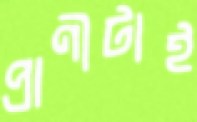
প্রাণীটাই